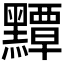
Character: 𪒤